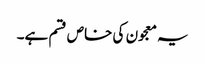
یہ معجون کی خاص قسم ہے۔